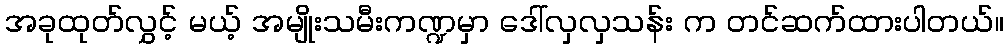
အခုထုတ်လွှင့် မယ့် အမျိုးသမီးကဏ္ဍမှာ ဒေါ်လှလှသန်း က တင်ဆက်ထားပါတယ်။